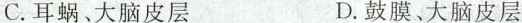
C.耳蜗、大脑皮层 D.鼓膜、大脑皮层